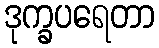
ဒုက္ခပရေတာ